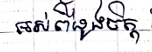
អស់ពីដួងចិត្ត